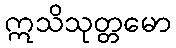
ဣသိသုတ္တမော